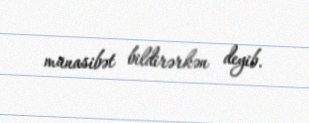
münasibət bildirərkən deyib.